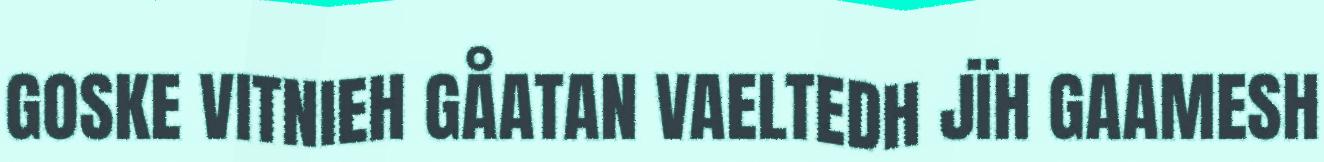
GOSKE VITNIEH GÅATAN VAELTEDH JÏH GAAMESH